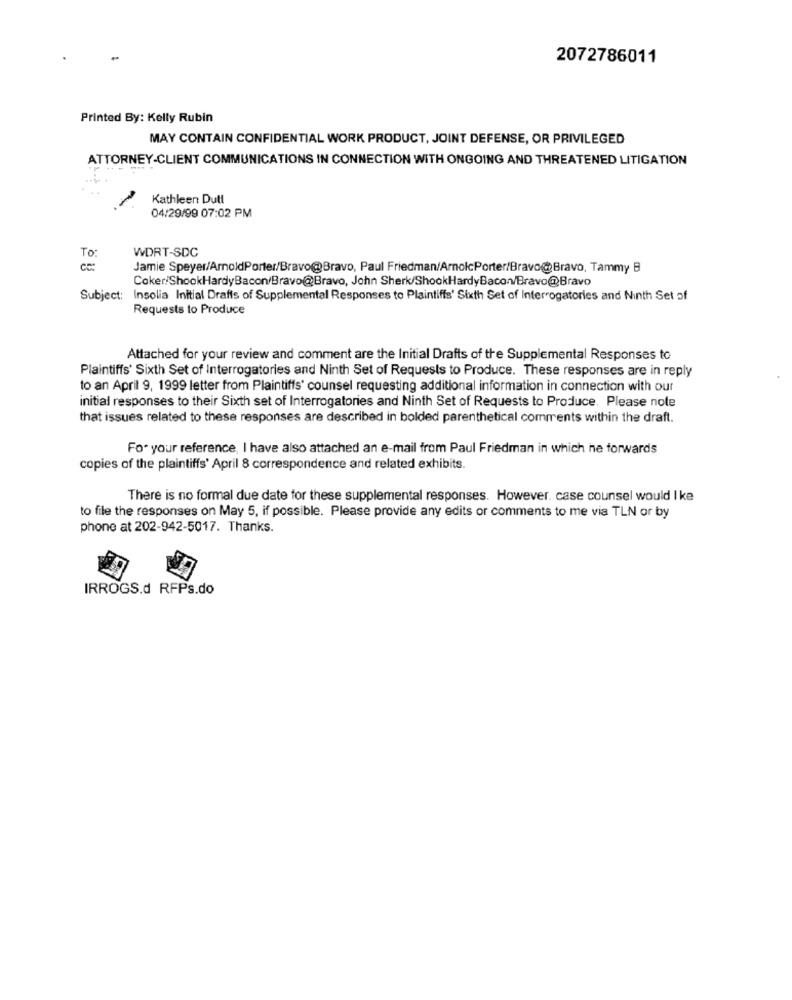
2072786011
Printed By: Kelly Rubin
MAY CONTAIN CONFIDENTIAL WORK PRODUCT, JOINT DEFENSE, OR PRIVILEGED
ATTORNEY-CLIENT COMMUNICATIONS IN CONNECTION WITH ONGOING AND THREATENED LITIGATION
-
Kathleen Dutt
04/29/99 07:02 PM
WDRT-SDC
To
ce:
Jamie Speyer/ArnoldPorter/Bravo@Bravo, Paul Friedman/ArnolcPorter/Bravo@Bravo, Tammy B
Coker/ShookHardyBacon/Bravo@Bravo, John Sherk/ShookHardyBacon/Bravo@Bravo
Subject: Insolia Initial Drafts of Supplemental Responses to Plaintiffs' Sixth Set of Interrogatories and Ninth Set of
Requests to Produce
Attached for your review and comment are the Initial Drafts of the Supplemental Responses to
Plaintiffs' Sixth Set of Interrogatories and Ninth Set of Requests to Produce. These responses are in reply
to an April 9, 1999 letter from Plaintiffs' counsel requesting additional information in connection with our
initial responses to their Sixth set of Interrogatories and Ninth Set of Requests to Produce. Please note
that issues related to these responses are described in bolded parenthetical comments within the draft.
For your reference, I have also attached an e-mail from Paul Friedman in which he forwards
copies of the plaintiffs' April 8 correspondence and related exhibits.
There is no formal due date for these supplemental responses. However, case counsel would I ke
to file the responses on May 5, if possible. Please provide any edits or comments to me via TLN or by
phone at 202-942-5017. Thanks.
IRROGS.d RFPs.do